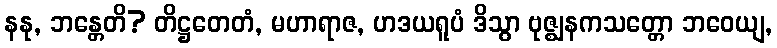
နနု, ဘန္တေတိ? တိဋ္ဌတေတံ, မဟာရာဇ, ဟဒယရူပံ ဒိသွာ ဗုဇ္ဈနကသတ္တော ဘဝေယျ,